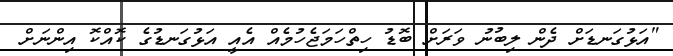
"އަޅުގަނޑަށް ދެން ލިބުނު ވަރަށް ބޮޑު ހިތްހަމަޖެހުމެއް އެއީ އަޅުގަނޑުގެ ކޮއްކޮ އިންނަށް